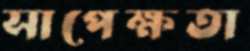
সাপেক্ষতা